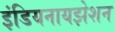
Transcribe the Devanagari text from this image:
इंडियनायझेशन